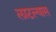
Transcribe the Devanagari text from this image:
लाटल्यास